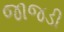
જાજડી